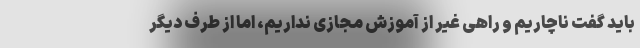
باید گفت ناچاریم و راهی غیر از آموزش مجازی نداریم، اما از طرف دیگر